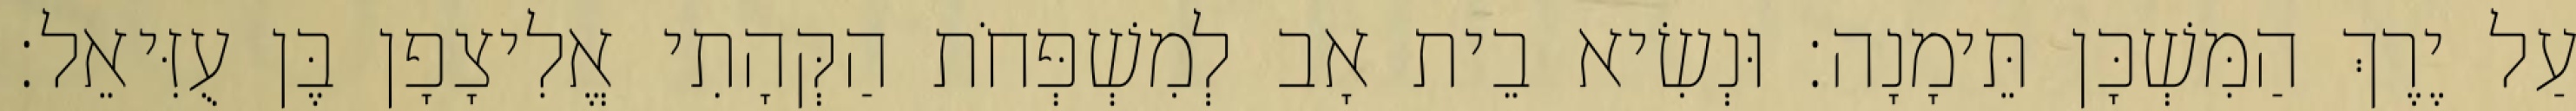
עַל יֶרֶךְ הַמִּשְׁכָּן תֵּימָנָה׃ וּנְשִׂיא בֵית אָב לְמִשְׁפְּחֹת הַקְּהָתִי אֱלִיצָפָן בֶּן עֻזִּיאֵל׃